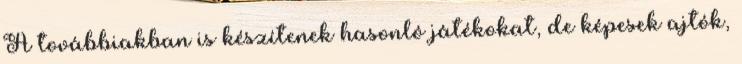
A továbbiakban is készítenek hasonló játékokat, de képesek ajtók,